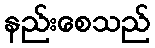
နည်းစေသည်